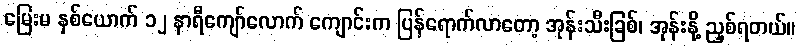
မြေးမ နှစ်ယောက် ၁၂ နာရီကျော်လောက် ကျောင်းက ပြန်ရောက်လာတော့ အုန်းသီးခြစ်၊ အုန်းနို့ ညှစ်ရတယ်။